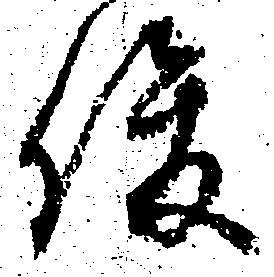
俊